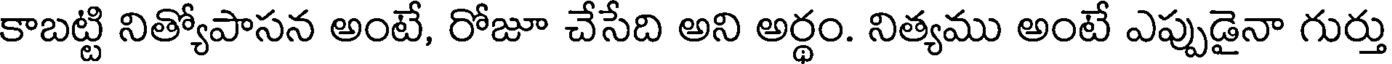
కాబట్టి నిత్యోపాసన అంటే, రోజూ చేసేది అని అర్థం. నిత్యము అంటే ఎప్పుడైనా గుర్తు